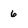
Character: 6